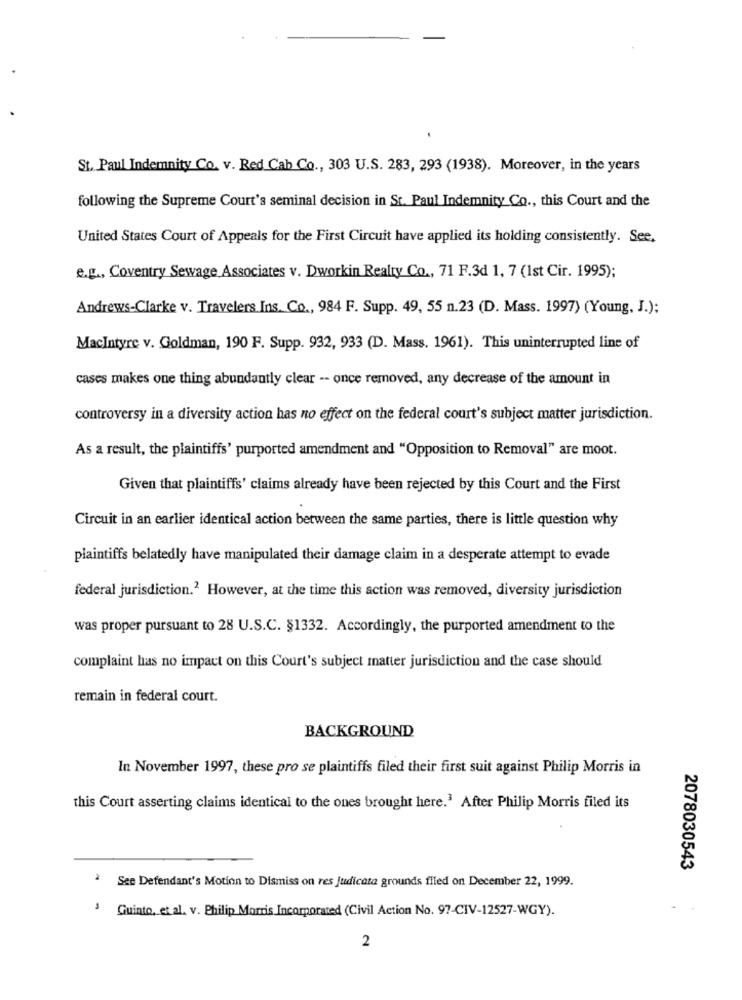
St. Paul Indemnity Co. v. Red Cab Co ., 303 U.S. 283, 293 (1938). Moreover, in the years
following the Supreme Court's seminal decision in St. Paul Indemnity Co ., this Court and the
United States Court of Appeals for the First Circuit have applied its holding consistently. See,
e.g ., Coventry Sewage Associates v. Dworkin Realty Co ., 71 F.3d 1, 7 (1st Cir. 1995);
Andrews-Clarke v. Travelers Ins. Co ., 984 F. Supp. 49, 55 n.23 (D. Mass. 1997) (Young, J.);
MacIntyre v. Goldman, 190 F. Supp. 932, 933 (D. Mass. 1961). This uninterrupted line of
cases makes one thing abundantly clear -- once removed, any decrease of the amount in
controversy in a diversity action has no effect on the federal court's subject matter jurisdiction.
As a result, the plaintiffs' purported amendment and "Opposition to Removal" are moot.
Given that plaintiffs' claims already have been rejected by this Court and the First
Circuit in an earlier identical action between the same parties, there is little question why
plaintiffs belatedly have manipulated their damage claim in a desperate attempt to evade
federal jurisdiction.2 However, at the time this action was removed, diversity jurisdiction
was proper pursuant to 28 U.S.C. §1332. Accordingly, the purported amendment to the
complaint has no impact on this Court's subject matter jurisdiction and the case should
remain in federal court.
BACKGROUND
In November 1997, these pro se plaintiffs filed their first suit against Philip Morris in
this Court asserting claims identical to the ones brought here.3 After Philip Morris filed its
2078030543
See Defendant's Motion to Dismiss on res judicate grounds filed on December 22, 1999.
Quinto, et al. v. Philip Morris Incorporated (Civil Action No. 97-CIV-12527-WGY).
2